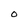
Character: O